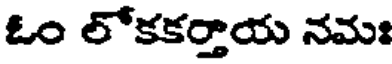
ఓం లోకకర్తాయ నమః